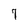
Character: 7